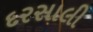
દરસાલી